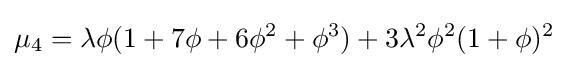
\mu _{4}=\lambda \phi (1+7\phi +6\phi ^{2}+\phi ^{3})+3\lambda ^{2}\phi ^{2}(1+\phi )^{2}